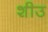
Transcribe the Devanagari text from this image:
शीउ